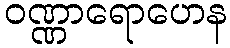
ဝဏ္ဏာရောဟေန